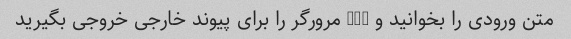
متن ورودی را بخوانید و URL مرورگر را برای پیوند خارجی خروجی بگیرید